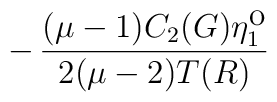
- \, \frac{(\mu-1)C_2(G)\eta^{\mbox{o}}_1}{2(\mu-2)T(R)}